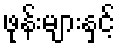
ဖုန်းများနှင့်